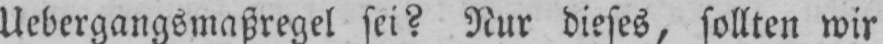
Uebergangsmaßregel sei? Nur dieses, sollten wir